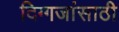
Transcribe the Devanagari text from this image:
दिग्गजांसाठी